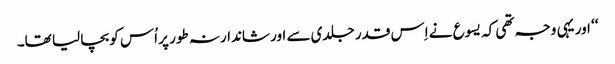
‘‘ اور یہی وجہ تھی کہ یسوع نے اِس قدر جلدی سے اور شاندارنہ طور پر اُس کو بچا لیا تھا۔